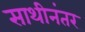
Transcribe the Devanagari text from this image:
साथीनंतर